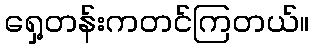
ရှေ့တန်းကတင်ကြတယ်။